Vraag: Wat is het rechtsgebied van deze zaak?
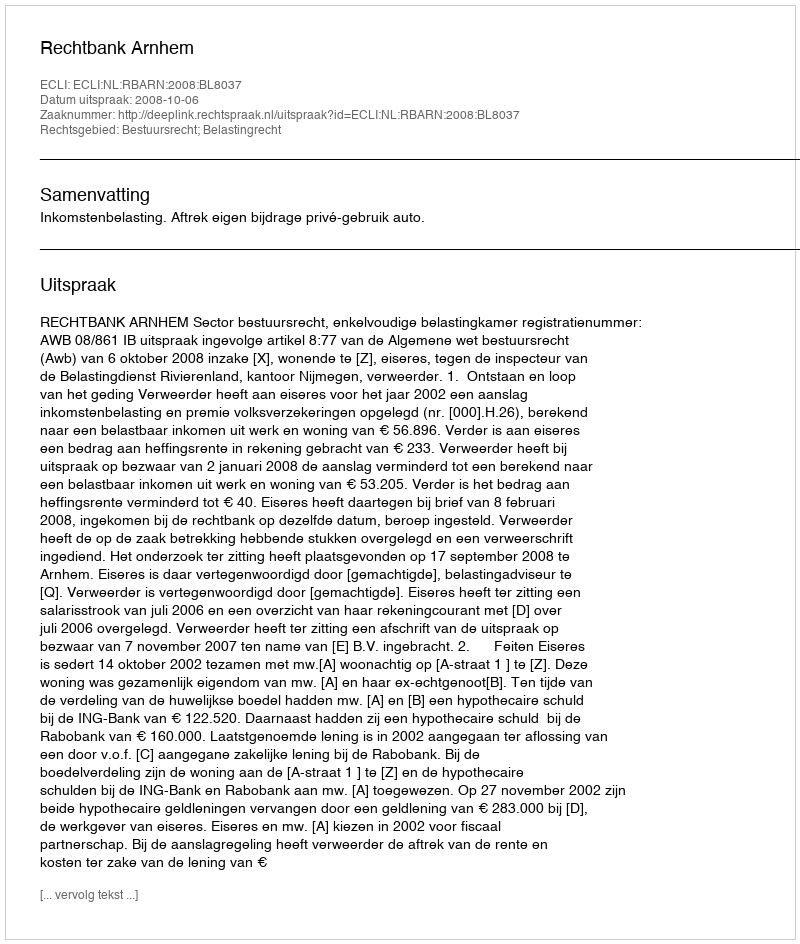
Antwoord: Bestuursrecht; Belastingrecht